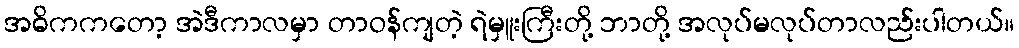
အဓိကကတော့ အဲဒီကာလမှာ တာဝန်ကျတဲ့ ရဲမှူးကြီးတို့ ဘာတို့ အလုပ်မလုပ်တာလည်းပါတယ်။